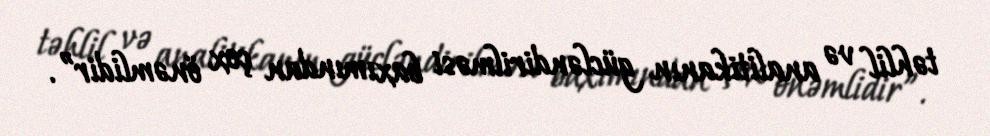
təhlil və analitikanın gücləndirilməsi baxımından çox önəmlidir”.